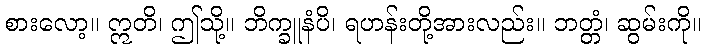
စားလော့။ ဣတိ၊ ဤသို့။ ဘိက္ခူနံပိ၊ ရဟန်းတို့အားလည်း။ ဘတ္တံ၊ ဆွမ်းကို။